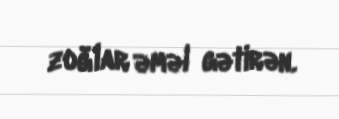
zoğlar əməl gətirən.